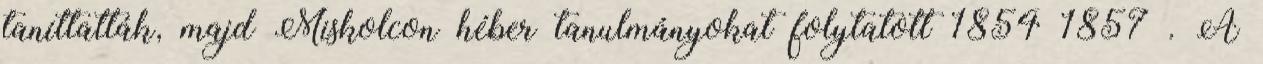
taníttatták, majd Miskolcon héber tanulmányokat folytatott 1854–1857 . A